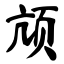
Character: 颃